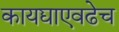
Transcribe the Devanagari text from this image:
कायद्याएवढेच